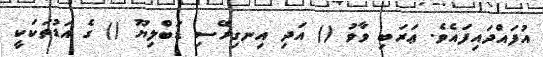
އުފައްދައިފައެވެ. ޢަރަބި ވާވު () އަދި އިނގިރޭސި ޑަބްލިޔޫ () ގެ އަޑުތަކަކީ